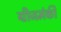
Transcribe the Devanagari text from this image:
ग्रीजमंकी